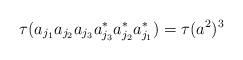
LaTeX: \begin{align*} \tau(a_{j_{1}}a_{j_{2}}a_{j_{3}}a_{j_{3}}^*a_{j_{2}}^*a_{j_{1}}^*)=\tau(a^{2})^{3} \end{align*}